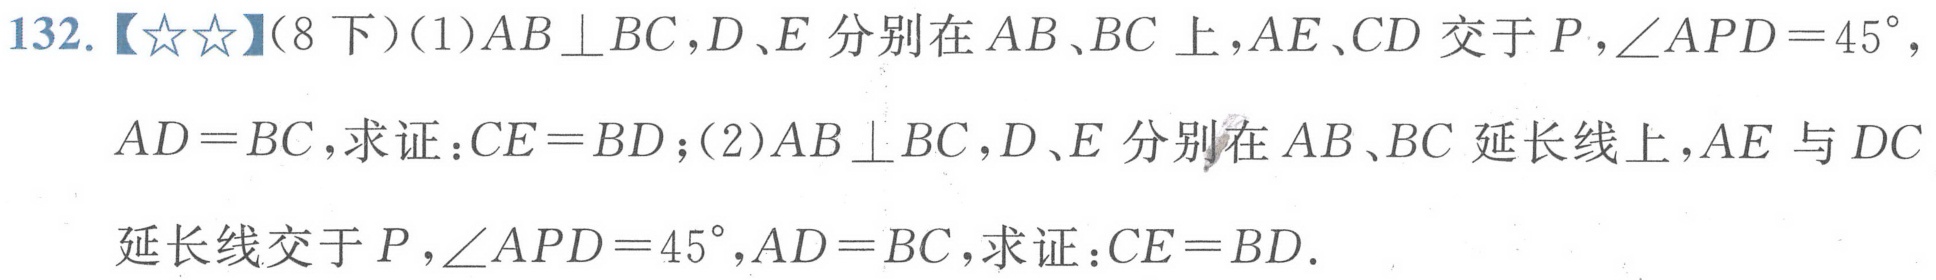
132.【★★】(8下)(1)\(AB\perp BC\)，\(D、E\)分别在\(AB、BC\)上，\(AE、CD\)交于\(P\)，\(\angle APD = 45^{\circ}\)，\(AD = BC\)，求证：\(CE = BD\)；(2)\(AB\perp BC\)，\(D、E\)分别在\(AB、BC\)延长线上，\(AE\)与\(DC\)延长线交于\(P\)，\(\angle APD = 45^{\circ}\)，\(AD = BC\)，求证：\(CE = BD\).